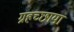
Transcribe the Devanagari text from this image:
ग्रहच्छाया